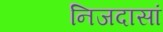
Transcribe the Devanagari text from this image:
निजदासां